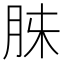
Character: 𮌓